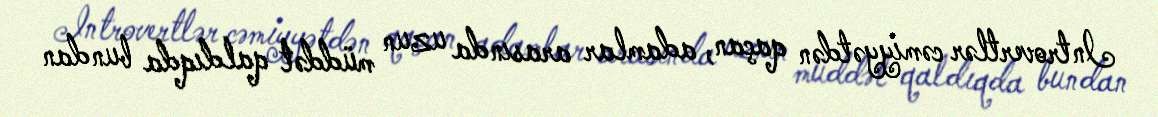
Introvertlər cəmiyyətdən qaçan, adamlar arasında uzun müddət qaldıqda bundan